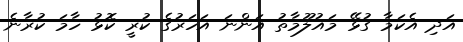
އަދި އެކަމާ ގުޅޭ މައުލޫމާތު އަންނަ އަހަރުގެ ކުރީ ކޮޅު ހާމަ ކުރާނެ